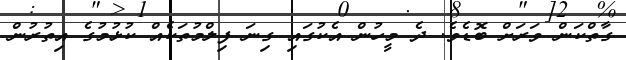
ގާތްކަން ވަރަށް ބޮޑެވެ. ދެ މީހުން އެކުގައި ގިނަ ފިލްމުތަކެއް ކުޅުމުގެ އިތުރުން